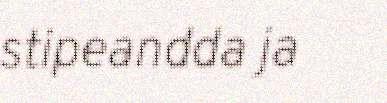
stipeandda ja